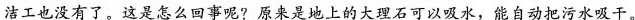
洁工也没有了。这是怎么回事呢?原来是地上的大理石可以吸水，能自动把污水吸干。